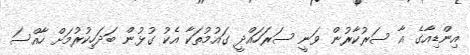
އިންޑިއާގެ އާ ސަރުކާރުން ވަނީ ސަރަހައްދީ ގައުމުތަކާ އެކު ގުޅުން ބަދަހިކުރުމަށް ހާއްސަ